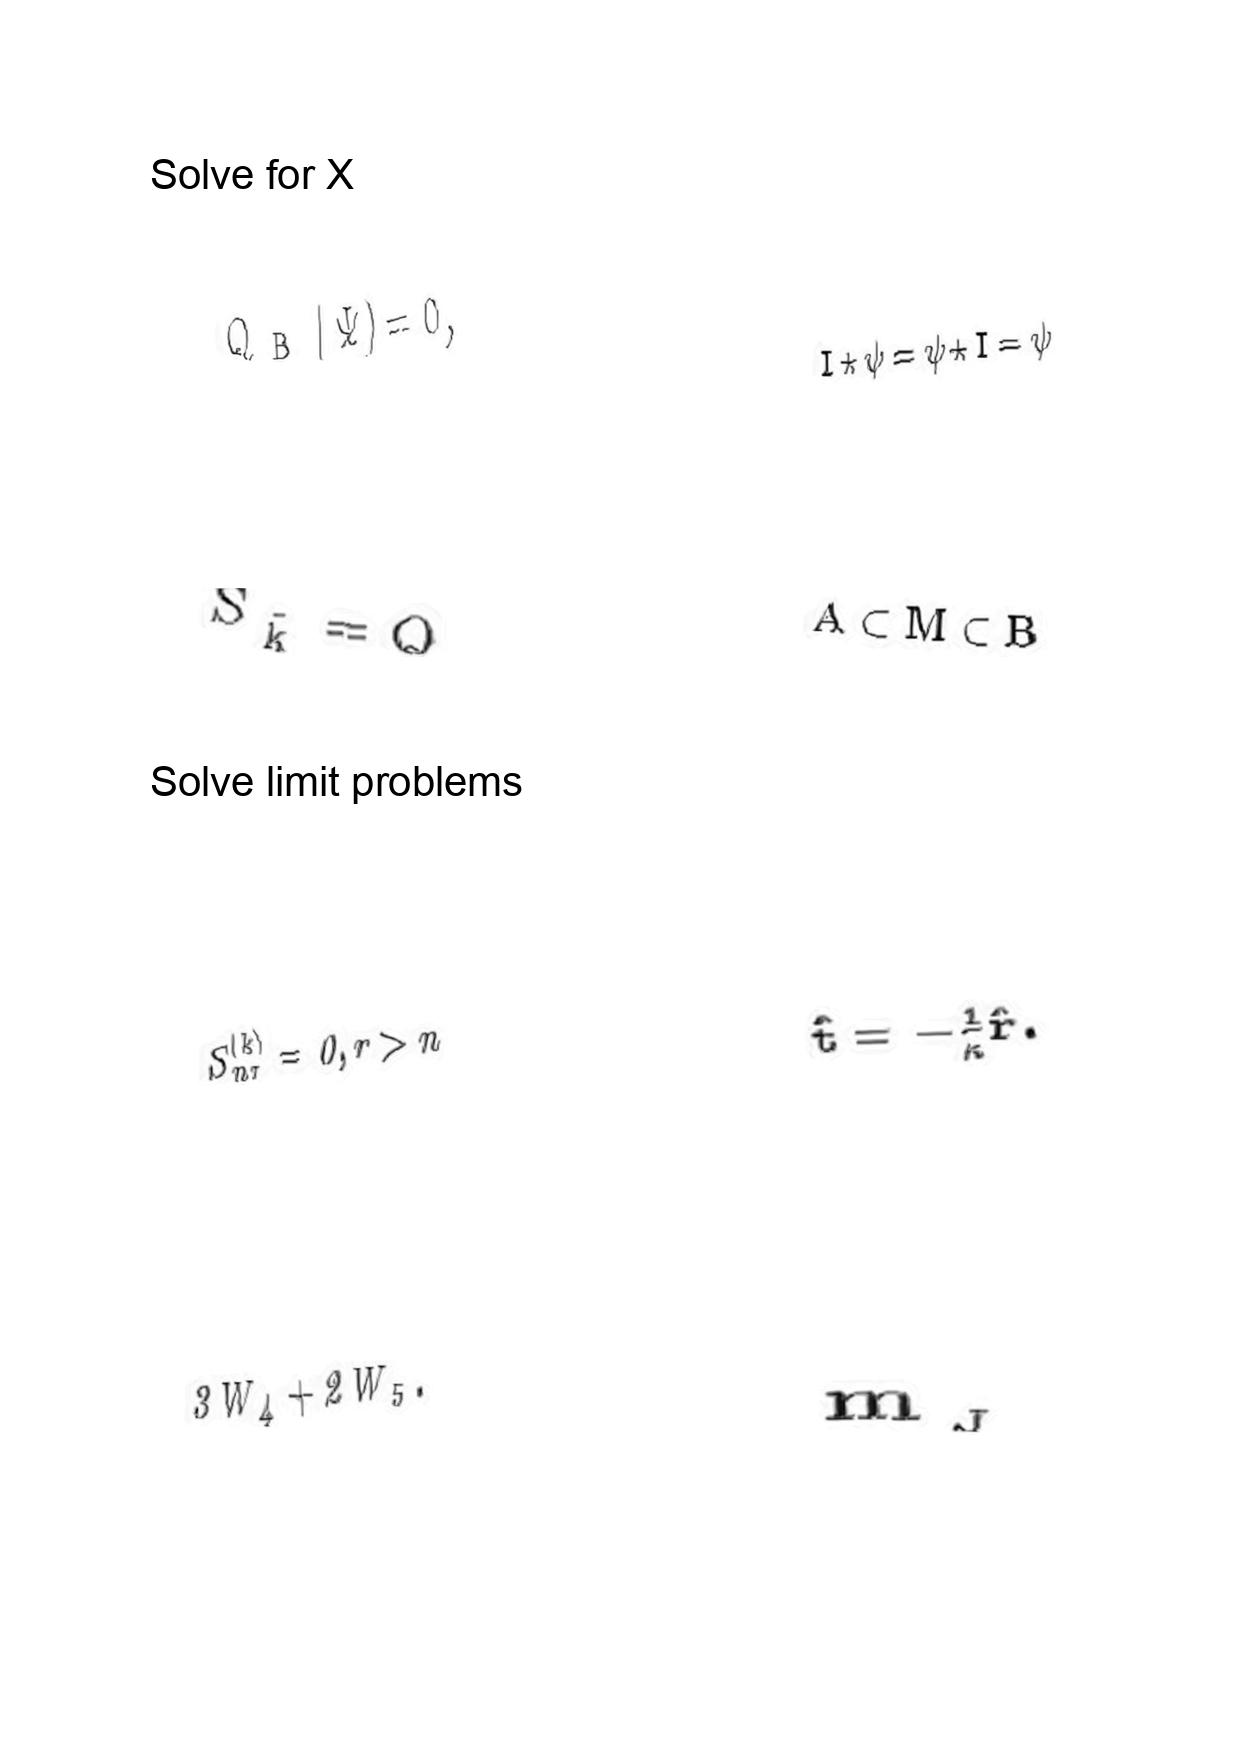
LaTeX transcription:
Q _ { \mathrm { B } } \vert \Psi \rangle = 0 ,
\tilde { S } _ { \tilde { k } } = Q
S _ { n r } ^ { \lparen k \rparen } = 0 , r \gt n
3 W _ { 4 } + 2 W _ { 5 } .
I \star \psi = \psi \star I = \psi
A \subset M \subset B
\hat { t } = - \frac { 1 } { \kappa } \hat { r } .
m _ { _ { J } }